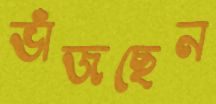
ভাঁজছেন